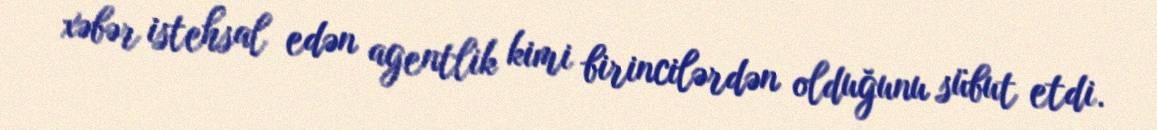
xəbər istehsal edən agentlik kimi birincilərdən olduğunu sübut etdi.